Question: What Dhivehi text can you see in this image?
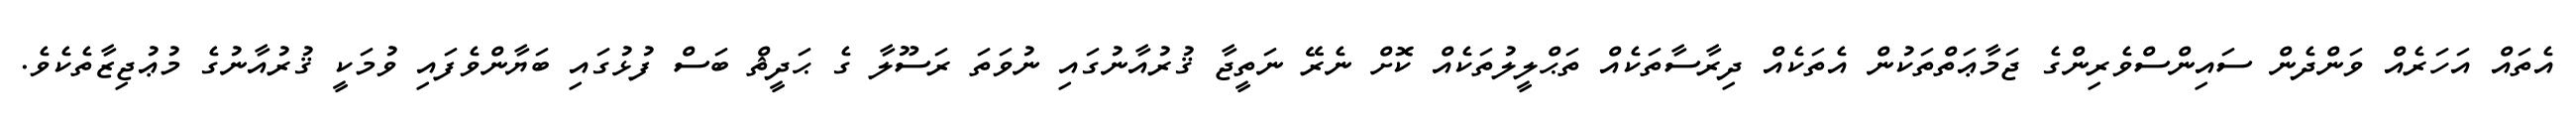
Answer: އެތައް އަހަރެއް ވަންދެން ސައިންސްވެރިންގެ ޖަމާޢަތްތަކުން އެތަކެއް ދިރާސާތަކެއް ތަޙްލީލުތަކެއް ކޮށް ނެރޭ ނަތީޖާ ޤުރުއާނުގައި ނުވަތަ ރަސޫލާ ގެ ޙަދީޘް ބަސް ފުޅުގައި ބަޔާންވެފައި ވުމަކީ ޤުރުއާނުގެ މުޢުޖިޒާތެކެވެ.